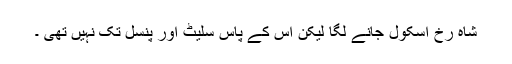
شاہ رخ اسکول جانے لگا لیکن اس کے پاس سلیٹ اور پنسل تک نہیں تھی ۔